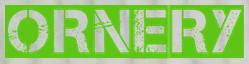
ORNERY